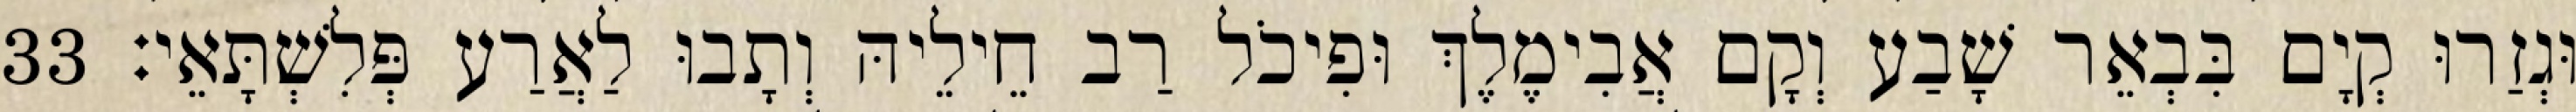
וּגְזַרוּ קְיָם בִּבְאֵר שָׁבַע וְקָם אֲבִימֶלֶךְ וּפִיכֹל רַב חֵילֵיהּ וְתָבוּ לַאֲרַע פְּלִשְׁתָּאֵי׃ 33